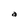
Character: a